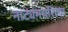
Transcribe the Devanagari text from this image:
नाट्यमयरित्या